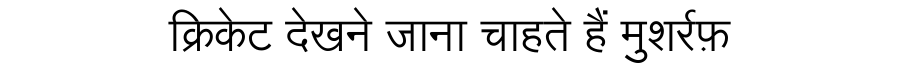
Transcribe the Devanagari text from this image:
क्रिकेट देखने जाना चाहते हैं मुशर्रफ़